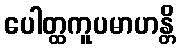
ပေါတ္ထကူပမာဟန္တိ